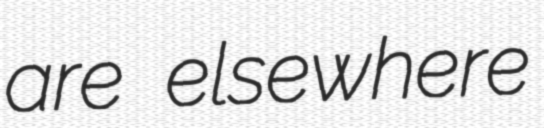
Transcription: are elsewhere